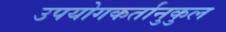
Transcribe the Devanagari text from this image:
उपयोगकर्तानुकुल